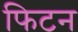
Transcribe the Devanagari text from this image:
फिटन